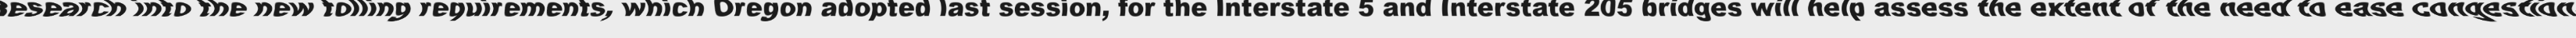
"Research into the new tolling requirements, which Oregon adopted last session, for the Interstate 5 and Interstate 205 bridges will help assess the extent of the need to ease congestion."